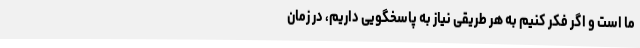
ما است و اگر فکر کنیم به هر طریقی نیاز به پاسخگویی داریم، در زمان